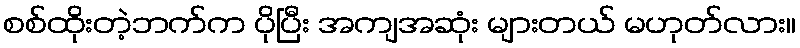
စစ်ထိုးတဲ့ဘက်က ပိုပြီး အကျအဆုံး များတယ် မဟုတ်လား။